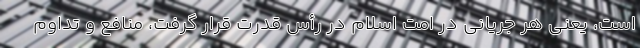
است، یعنی هر جریانی در امت اسلام در رأس قدرت قرار گرفت، منافع و تداوم